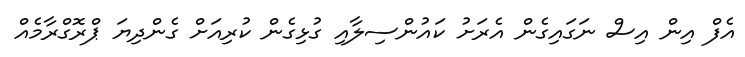
އެފް އިން އިސް ނަގައިގެން އެރަށު ކައުންސިލާއި ގުޅިގެން ކުރިއަށް ގެންދިޔަ ޕްރޮގްރާމެއް